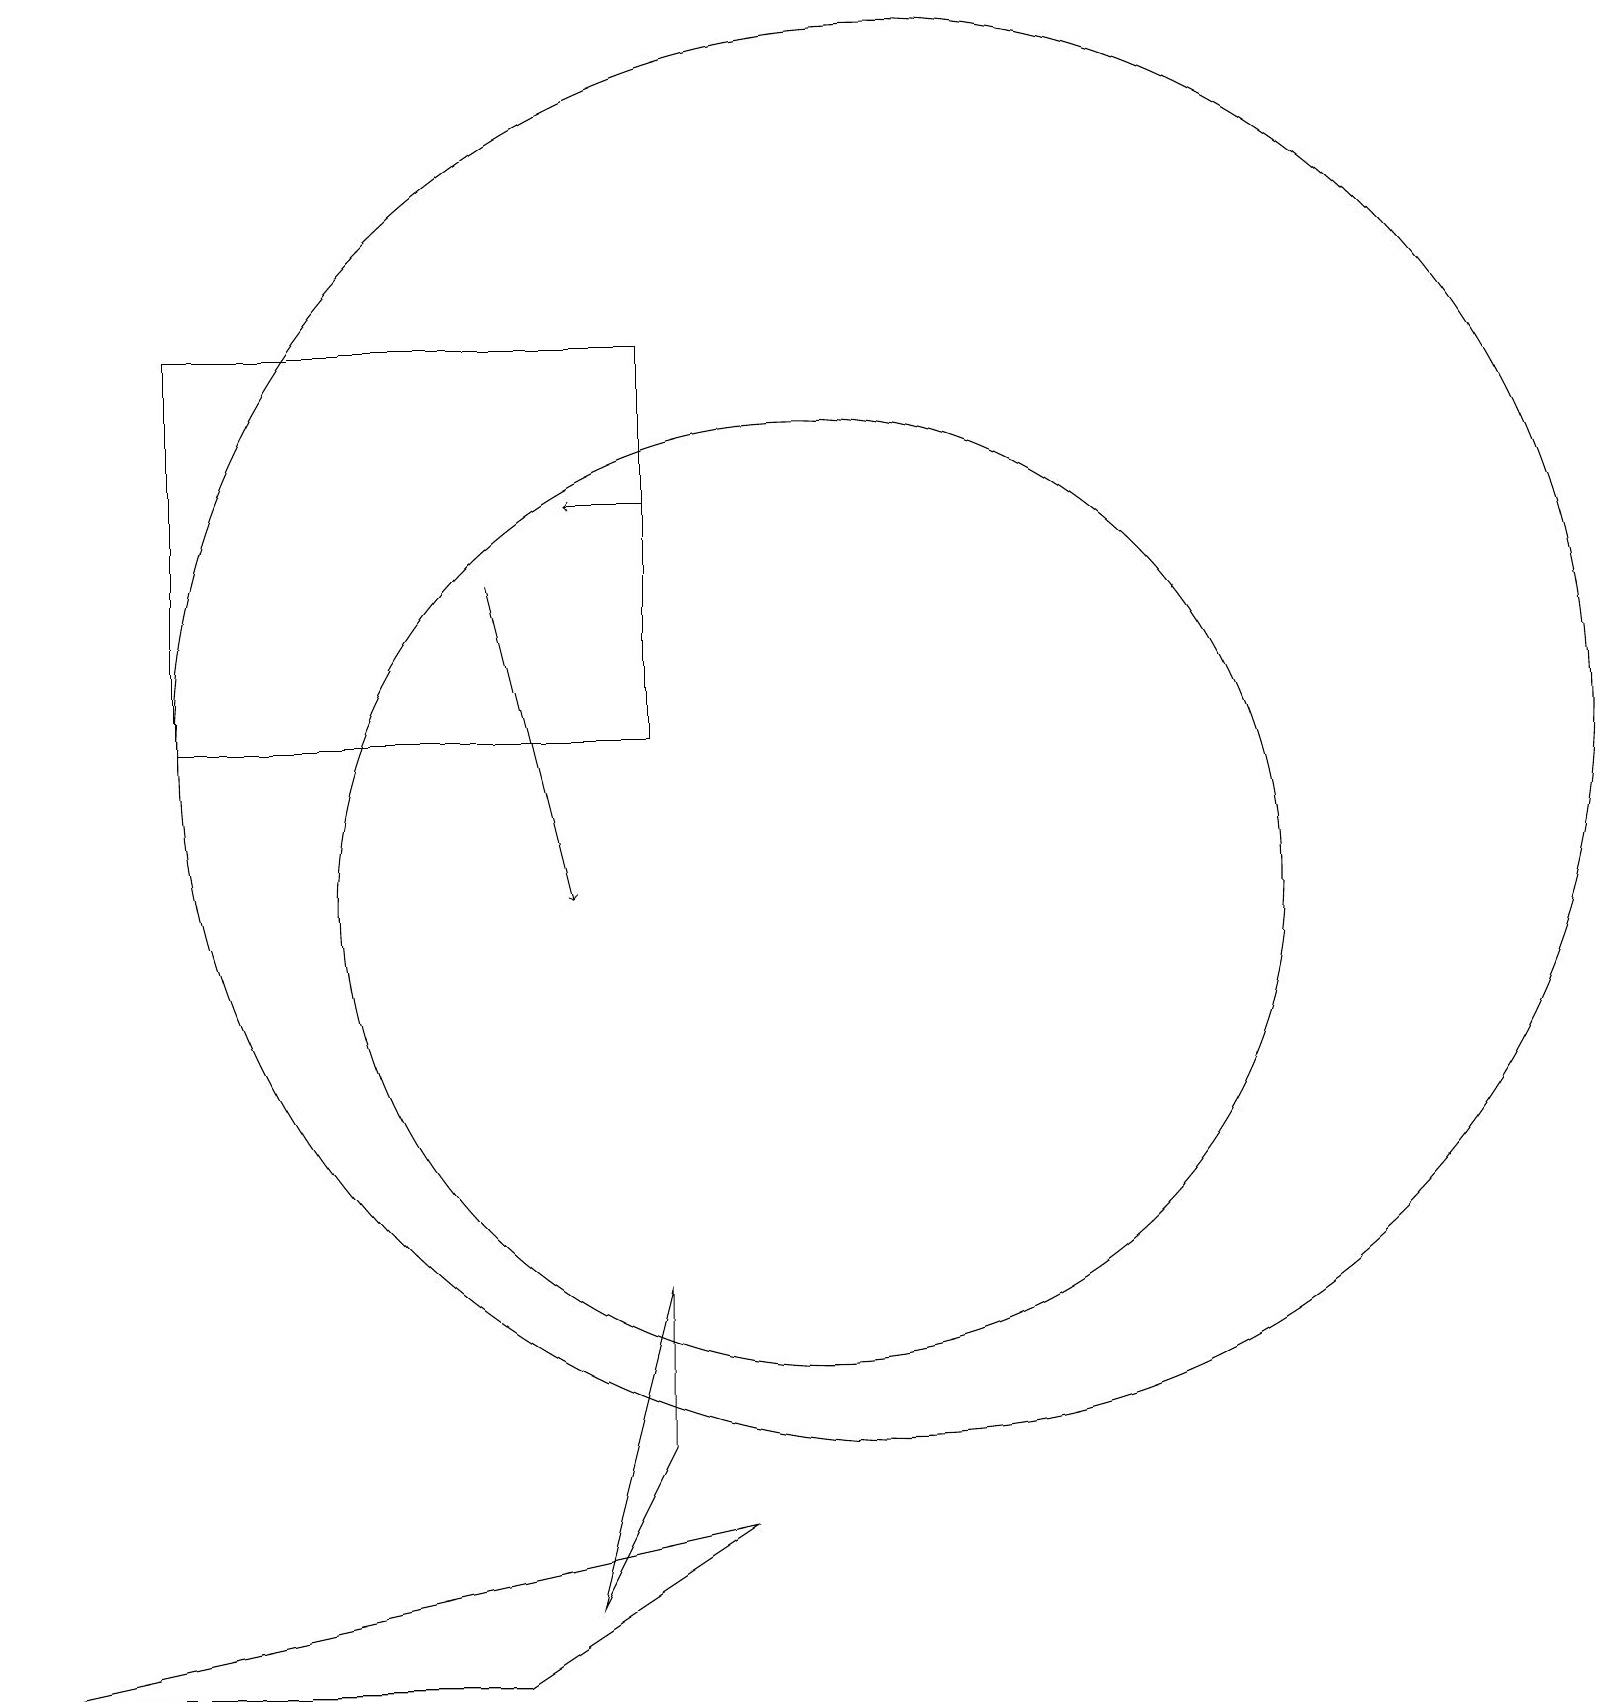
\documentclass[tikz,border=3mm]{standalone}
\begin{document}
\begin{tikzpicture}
\draw (9,2) -- (0,0) -- (6,0) -- cycle;
\draw[->] (6,14) -- (7,10);
\draw (11,12) circle (9);
\draw (2,12) rectangle (8,17);
\draw[->] (8,15) -- (7,15);
\draw (8,3) -- (8,5) -- (7,1) -- cycle;
\draw (10,10) circle (6);
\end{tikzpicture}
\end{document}